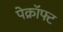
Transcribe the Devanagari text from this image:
पेक्रॉफ्ट